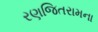
રણજિતરામના